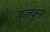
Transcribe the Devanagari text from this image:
फुलवून